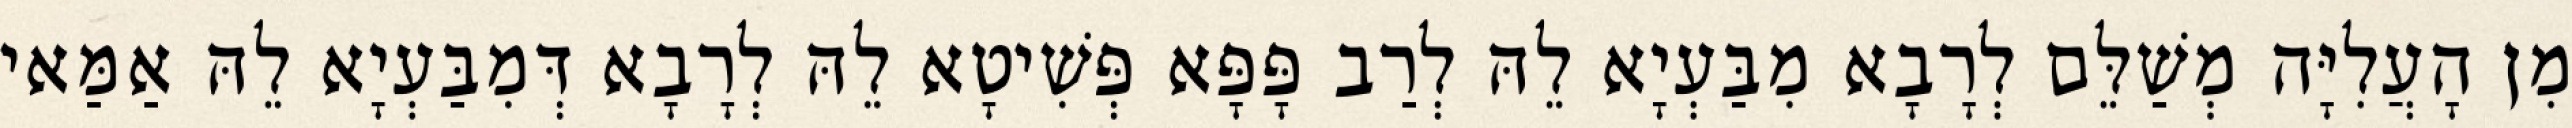
מִן הָעֲלִיָּה מְשַׁלֵּם לְרָבָא מִבַּעְיָא לֵהּ לְרַב פָּפָּא פְּשִׁיטָא לֵהּ לְרָבָא דְּמִבַּעְיָא לֵהּ אַמַּאי